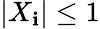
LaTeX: |X_{\mathbf{i}}|\leq1